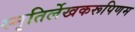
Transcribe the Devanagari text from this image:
स्मृतिर्लेखकरूपिणम